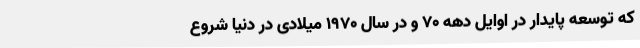
که توسعه پایدار در اوایل دهه ۷۰ و در سال ۱۹۷۰ میلادی در دنیا شروع